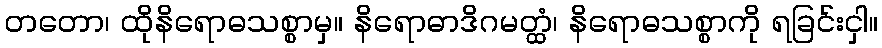
တတော၊ ထိုနိရောဓသစ္စာမှ။ နိရောဓာဒိဂမတ္ထံ၊ နိရောဓသစ္စာကို ရခြင်းငှါ။